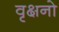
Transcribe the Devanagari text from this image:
वृक्षनो